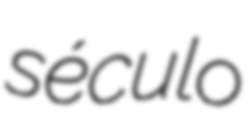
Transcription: século